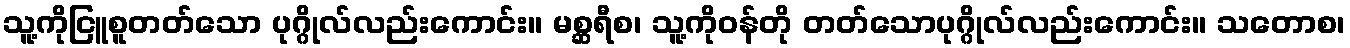
သူ့ကိုငြူစူတတ်သော ပုဂ္ဂိုလ်လည်းကောင်း။ မစ္ဆရီစ၊ သူ့ကိုဝန်တို တတ်သောပုဂ္ဂိုလ်လည်းကောင်း။ သတောစ၊